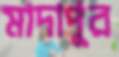
মাদাপুর